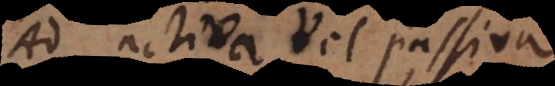
Ad activa vel passiva